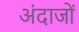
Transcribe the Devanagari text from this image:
अंदाजों